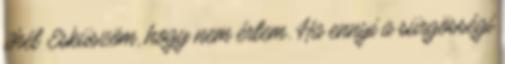
2hét Esküszöm, hogy nem értem. Ha ennyi a sürgösségi